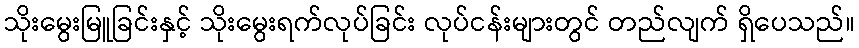
သိုးမွေးမြူခြင်းနှင့် သိုးမွေးရက်လုပ်ခြင်း လုပ်ငန်းများတွင် တည်လျက် ရှိပေသည်။